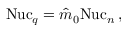
\begin{array} { r } { \mathrm { N u c } _ { q } = \hat { m } _ { 0 } \mathrm { N u c } _ { n } \, , } \end{array}